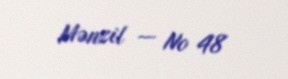
Mənzil — № 48